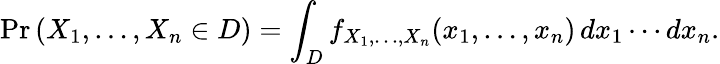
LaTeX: \operatorname*{Pr}\left(X_{1},\ldots,X_{n}\in D\right)=\int_{D}f_{X_{1},\ldots,X_{n}}(x_{1},\ldots,x_{n})\, dx_{1}\cdots dx_{n}.